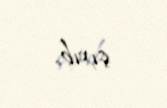
çıxıb.